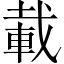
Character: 載